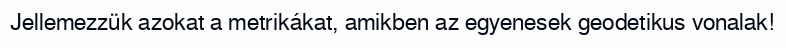
Jellemezzük azokat a metrikákat, amikben az egyenesek geodetikus vonalak!